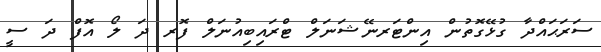
ސަރަޙައްދާ ގުޅޭގޮތުން އިންޓަރނޭޝަނަލް ޓްރައިބިއުނަލް ފޮރ ދަ ލޯ އޮފް ދަ ސީ